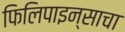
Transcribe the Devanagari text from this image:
फिलिपाइन्साचा